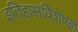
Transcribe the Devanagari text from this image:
इतिहासविशेषज्ञ